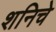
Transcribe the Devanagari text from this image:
शनिचे